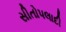
સીતોપલાદી